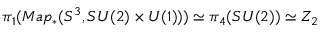
\pi _ { 1 } ( M a p _ { \ast } ( S ^ { 3 } , S U ( 2 ) \times U ( 1 ) ) ) \simeq \pi _ { 4 } ( S U ( 2 ) ) \simeq Z _ { 2 }